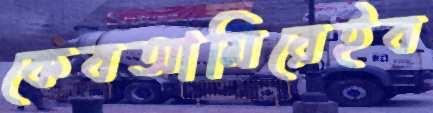
কেবআমিরেইব